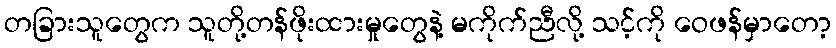
တခြားသူတွေက သူတို့တန်ဖိုးထားမှုတွေနဲ့ မကိုက်ညီလို့ သင့်ကို ဝေဖန်မှာတော့